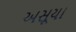
અસૂયા